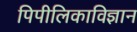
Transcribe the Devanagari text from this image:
पिपीलिकाविज्ञान